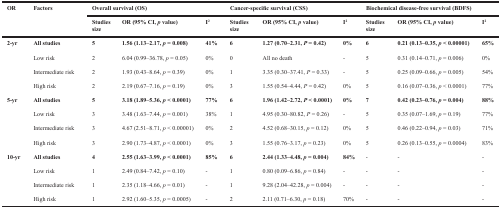
<table><thead><tr><td rowspan="2"><b>OR</b></td><td rowspan="2"><b>Factors</b></td><td colspan="3"><b>Overall survival (OS)</b></td><td colspan="3"><b>Cancer-specific survival (CSS)</b></td><td colspan="3"><b>Biochemical disease-free survival (BDFS)</b></td></tr><tr><td><b>Studies size</b></td><td><b>OR (95% CI, <i>p</i> value)</b></td><td><b>I<sup>2</sup></b></td><td><b>Studies size</b></td><td><b>OR (95% CI, <i>p</i> value)</b></td><td><b>I<sup>2</sup></b></td><td><b>Studies size</b></td><td><b>OR (95% CI, <i>p</i> value)</b></td><td><b>I<sup>2</sup></b></td></tr></thead><tbody><tr><td><b>2-yr</b></td><td><b>All studies</b></td><td><b>5</b></td><td><b>1.56 (1.13–2.17, <i>p</i> = 0.008)</b></td><td><b>41%</b></td><td><b>6</b></td><td><b>1.27 (0.70–2.31, <i>P</i> = 0.42)</b></td><td><b>0%</b></td><td><b>6</b></td><td><b>0.21 (0.13–0.35, <i>p</i> &lt; 0.00001)</b></td><td><b>65%</b></td></tr><tr><td></td><td>Low risk</td><td>2</td><td>6.04 (0.99–36.78, <i>p</i> = 0.05)</td><td>0%</td><td>0</td><td>All no death</td><td>-</td><td>5</td><td>0.31 (0.14–0.71, <i>p</i> = 0.006)</td><td>0%</td></tr><tr><td></td><td>Intermediate risk</td><td>2</td><td>1.93 (0.43–8.64, <i>p</i> = 0.39)</td><td>0%</td><td>1</td><td>3.35 (0.30–37.41, <i>P</i> = 0.33)</td><td>-</td><td>5</td><td>0.25 (0.09–0.66, <i>p</i> = 0.005)</td><td>54%</td></tr><tr><td></td><td>High risk</td><td>2</td><td>2.19 (0.67–7.16, <i>p</i> = 0.19)</td><td>0%</td><td>3</td><td>1.55 (0.54–4.44, <i>P</i> = 0.42)</td><td>0%</td><td>5</td><td>0.16 (0.07–0.36, <i>p</i> &lt; 0.0001)</td><td>77%</td></tr><tr><td><b>5-yr</b></td><td><b>All studies</b></td><td><b>5</b></td><td><b>3.18 (1.89–5.36, <i>p</i> &lt; 0.0001)</b></td><td><b>77%</b></td><td><b>6</b></td><td><b>1.96 (1.42–2.72, <i>P</i> &lt; 0.0001)</b></td><td><b>0%</b></td><td><b>7</b></td><td><b>0.42 (0.23–0.76, <i>p</i> = 0.004)</b></td><td><b>88%</b></td></tr><tr><td></td><td>Low risk</td><td>3</td><td>3.48 (1.63–7.44, <i>p</i> = 0.001)</td><td>38%</td><td>1</td><td>4.95 (0.30–80.82, <i>P</i> = 0.26)</td><td>-</td><td>5</td><td>0.35 (0.07–1.69, <i>p</i> = 0.19)</td><td>77%</td></tr><tr><td></td><td>Intermediate risk</td><td>3</td><td>4.67 (2.51–8.71, <i>p</i> &lt; 0.00001)</td><td>0%</td><td>2</td><td>4.52 (0.68–30.15, <i>p</i> = 0.12)</td><td>0%</td><td>5</td><td>0.46 (0.22–0.94, <i>p</i> = 0.03)</td><td>71%</td></tr><tr><td></td><td>High risk</td><td>3</td><td>2.90 (1.73–4.87, <i>p</i> &lt; 0.0001)</td><td>0%</td><td>3</td><td>1.55 (0.76–3.17, <i>p</i> = 0.23)</td><td>0%</td><td>5</td><td>0.26 (0.13–0.55, <i>p</i> = 0.0004)</td><td>83%</td></tr><tr><td><b>10-yr</b></td><td><b>All studies</b></td><td><b>4</b></td><td><b>2.55 (1.63–3.99, <i>p</i> &lt; 0.0001)</b></td><td><b>85%</b></td><td><b>6</b></td><td><b>2.44 (1.33–4.48, <i>p</i> = 0.004)</b></td><td><b>84%</b></td><td>-</td><td>-</td><td>-</td></tr><tr><td></td><td>Low risk</td><td>1</td><td>2.49 (0.84–7.42, <i>p</i> = 0.10)</td><td>-</td><td>1</td><td>0.80 (0.09–6.86, <i>p</i> = 0.84)</td><td>-</td><td>-</td><td>-</td><td>-</td></tr><tr><td></td><td>Intermediate risk</td><td>1</td><td>2.35 (1.18–4.66, <i>p</i> = 0.01)</td><td>-</td><td>1</td><td>9.28 (2.04–42.28, <i>p</i> = 0.004)</td><td>-</td><td>-</td><td>-</td><td>-</td></tr><tr><td></td><td>High risk</td><td>1</td><td>2.92 (1.60–5.35, <i>p</i> = 0.0005)</td><td>-</td><td>2</td><td>2.11 (0.71–6.30, <i>p</i> = 0.18)</td><td>70%</td><td>-</td><td>-</td><td>-</td></tr></tbody></table>